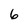
Character: 6